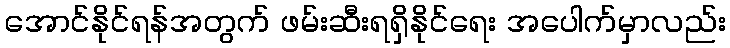
အောင်နိုင်ရန်အတွက် ဖမ်းဆီးရရှိနိုင်ရေး အပေါက်မှာလည်း